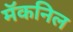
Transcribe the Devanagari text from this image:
मॅकनिल